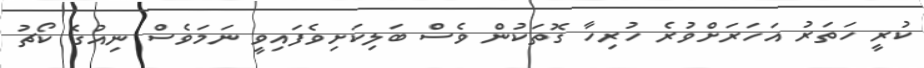
ކުރީ ހަތަރު އަހަރަށްވުރެ ހުރިހާ ގޮތަކުން ވެސް ބަލިކަށިވެފައިވީ ނަމަވެސް ނިއުގެ ކޯޗު